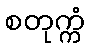
စတုက္ကံ